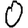
Digit: 0